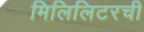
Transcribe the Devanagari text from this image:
मिलिलिटरची